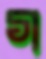
গ